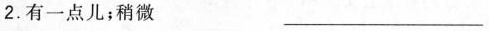
2.有一点儿；稍微 ___